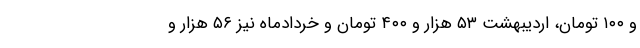
و ۱۰۰ تومان، اردیبهشت ۵۳ هزار و ۴۰۰ تومان و خردادماه نیز ۵۶ هزار و